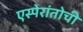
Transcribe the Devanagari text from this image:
एस्पेरांतोची